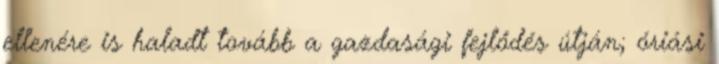
ellenére is haladt tovább a gazdasági fejlődés útján; óriási